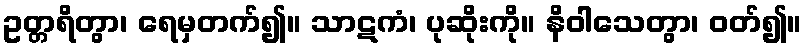
ဥတ္တရိတွာ၊ ရေမှတက်၍။ သာဋကံ၊ ပုဆိုးကို။ နိဝါသေတွာ၊ ဝတ်၍။